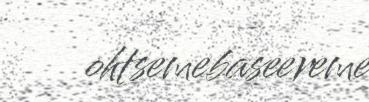
ohtsemebaseereme